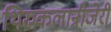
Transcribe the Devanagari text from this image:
थिरुकलान्रीजेरी